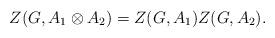
LaTeX: \begin{align*} Z(G,A_1\otimes A_2)=Z(G,A_1)Z(G,A_2).\end{align*}